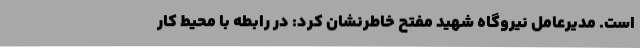
است. مدیرعامل نیروگاه شهید مفتح خاطرنشان کرد: در رابطه با محیط کار